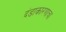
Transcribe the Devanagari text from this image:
दंडाकारणाचा